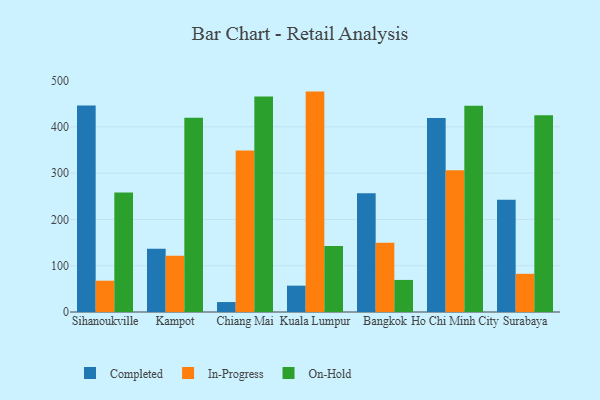
{"axis": {"x": "City", "y": "Headcount"}, "legend": ["Completed", "In-Progress", "On-Hold"], "data": [{"x": "Sihanoukville", "y": 446.1, "type": "Completed"}, {"x": "Sihanoukville", "y": 67.6, "type": "In-Progress"}, {"x": "Sihanoukville", "y": 258.2, "type": "On-Hold"}, {"x": "Kampot", "y": 136.5, "type": "Completed"}, {"x": "Kampot", "y": 121.6, "type": "In-Progress"}, {"x": "Kampot", "y": 419.4, "type": "On-Hold"}, {"x": "Chiang Mai", "y": 21.5, "type": "Completed"}, {"x": "Chiang Mai", "y": 349.1, "type": "In-Progress"}, {"x": "Chiang Mai", "y": 465.6, "type": "On-Hold"}, {"x": "Kuala Lumpur", "y": 56.9, "type": "Completed"}, {"x": "Kuala Lumpur", "y": 476.1, "type": "In-Progress"}, {"x": "Kuala Lumpur", "y": 142.5, "type": "On-Hold"}, {"x": "Bangkok", "y": 256.6, "type": "Completed"}, {"x": "Bangkok", "y": 149.4, "type": "In-Progress"}, {"x": "Bangkok", "y": 69.3, "type": "On-Hold"}, {"x": "Ho Chi Minh City", "y": 419.2, "type": "Completed"}, {"x": "Ho Chi Minh City", "y": 306.1, "type": "In-Progress"}, {"x": "Ho Chi Minh City", "y": 445.6, "type": "On-Hold"}, {"x": "Surabaya", "y": 242.7, "type": "Completed"}, {"x": "Surabaya", "y": 82.5, "type": "In-Progress"}, {"x": "Surabaya", "y": 424.8, "type": "On-Hold"}]}